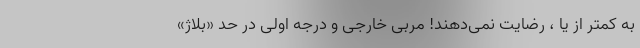
به کمتر از یا ، رضایت نمی‌دهند! مربی خارجی و درجه اولی در حد «بلاژ»